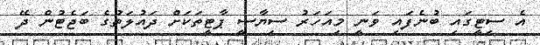
އެ ސިޓީގައި ބުނެފައި ވަނީ މިއަހަރު ސިޔާސީ ޕާޓީތަކަށް ދައުލަތުގެ ބަޖެޓުން ދޭ